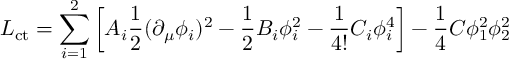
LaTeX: { \cal L } _ { \mathrm { c t } } = \sum _ { i = 1 } ^ { 2 } \left[ A _ { i } \frac { 1 } { 2 } ( \partial _ { \mu } \phi _ { i } ) ^ { 2 } - \frac { 1 } { 2 } B _ { i } \phi _ { i } ^ { 2 } - \frac { 1 } { 4 ! } C _ { i } \phi _ { i } ^ { 4 } \right] - \frac { 1 } { 4 } C \phi _ { 1 } ^ { 2 } \phi _ { 2 } ^ { 2 } \; \;